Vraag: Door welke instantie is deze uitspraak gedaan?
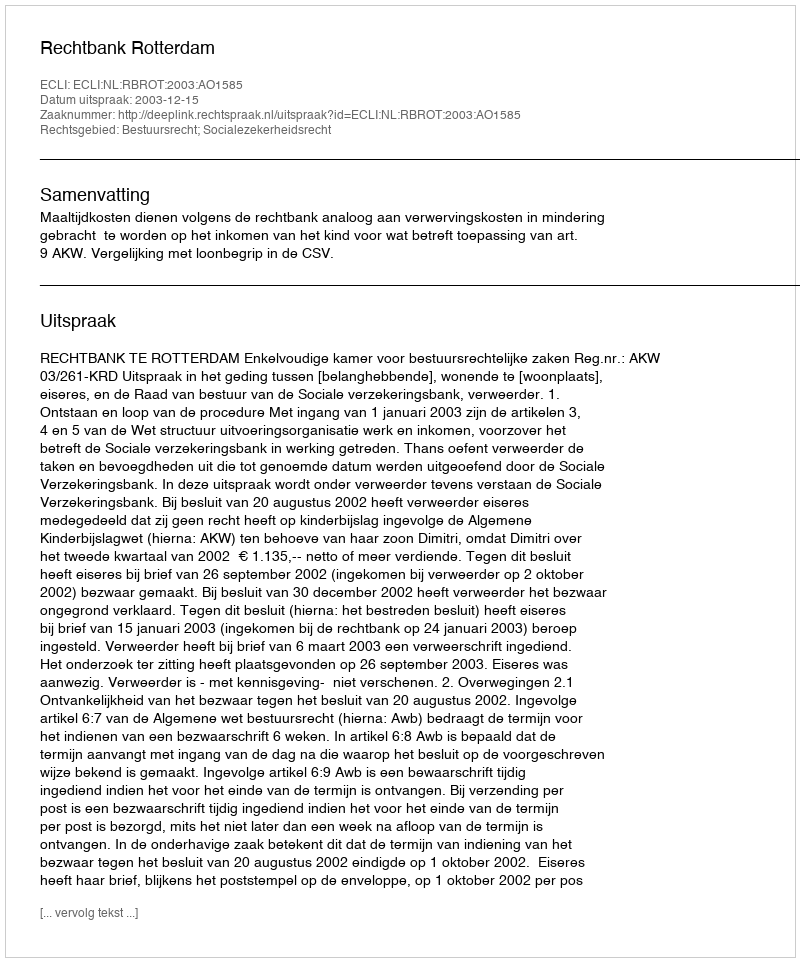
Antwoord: Rechtbank Rotterdam